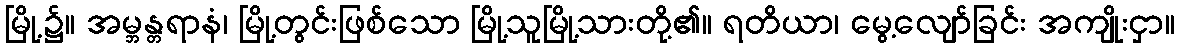
မြို့၌။ အမ္ဘန္တရာနံ၊ မြို့တွင်းဖြစ်သော မြို့သူမြို့သားတို့၏။ ရတိယာ၊ မွေ့လျော်ခြင်း အကျိုးငှာ။